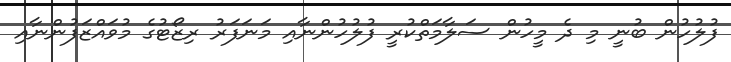
ފުލުހުން ބުނީ މި ދެ މީހުން ސަލާމަތްކުރީ ފުލުހުންނާއި މަނަފަރު ރިޒޯޓުގެ މުވައްޒަފުންނާއި